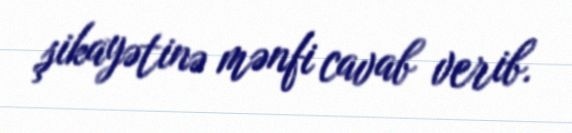
şikayətinə mənfi cavab verib.